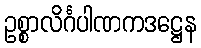
ဥစ္စာလိင်္ဂပါဏကဒဋ္ဌေန